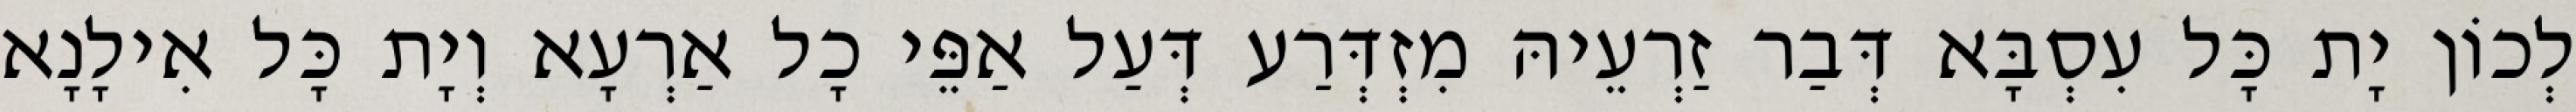
לְכוֹן יָת כָּל עִסְבָּא דְּבַר זַרְעֵיהּ מִזְדְּרַע דְּעַל אַפֵּי כָל אַרְעָא וְיָת כָּל אִילָנָא